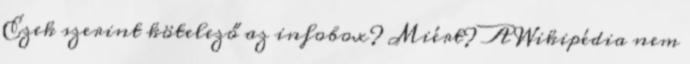
Ezek szerint kötelező az infobox? Miért? A Wikipédia nem